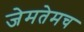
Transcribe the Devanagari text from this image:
जेमतेमच